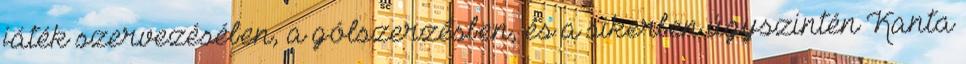
játék szervezésében, a gólszerzésben, és a sikerben úgyszintén Kanta